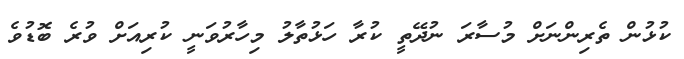
ކުޅުން ތެރިންނަށް މުސާރަ ނުދޭތީ ކުރާ ހަޅުތާލު މިހާރުވަނީ ކުރިއަށް ވުރެ ބޮޑުވެ